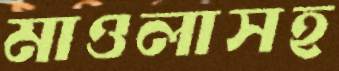
মাওলাসহ